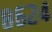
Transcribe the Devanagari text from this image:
८६२४